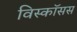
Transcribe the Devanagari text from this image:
विस्कॉसस